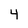
Character: 4